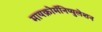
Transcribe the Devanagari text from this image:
मायक्रोमॅनिप्युलेशन